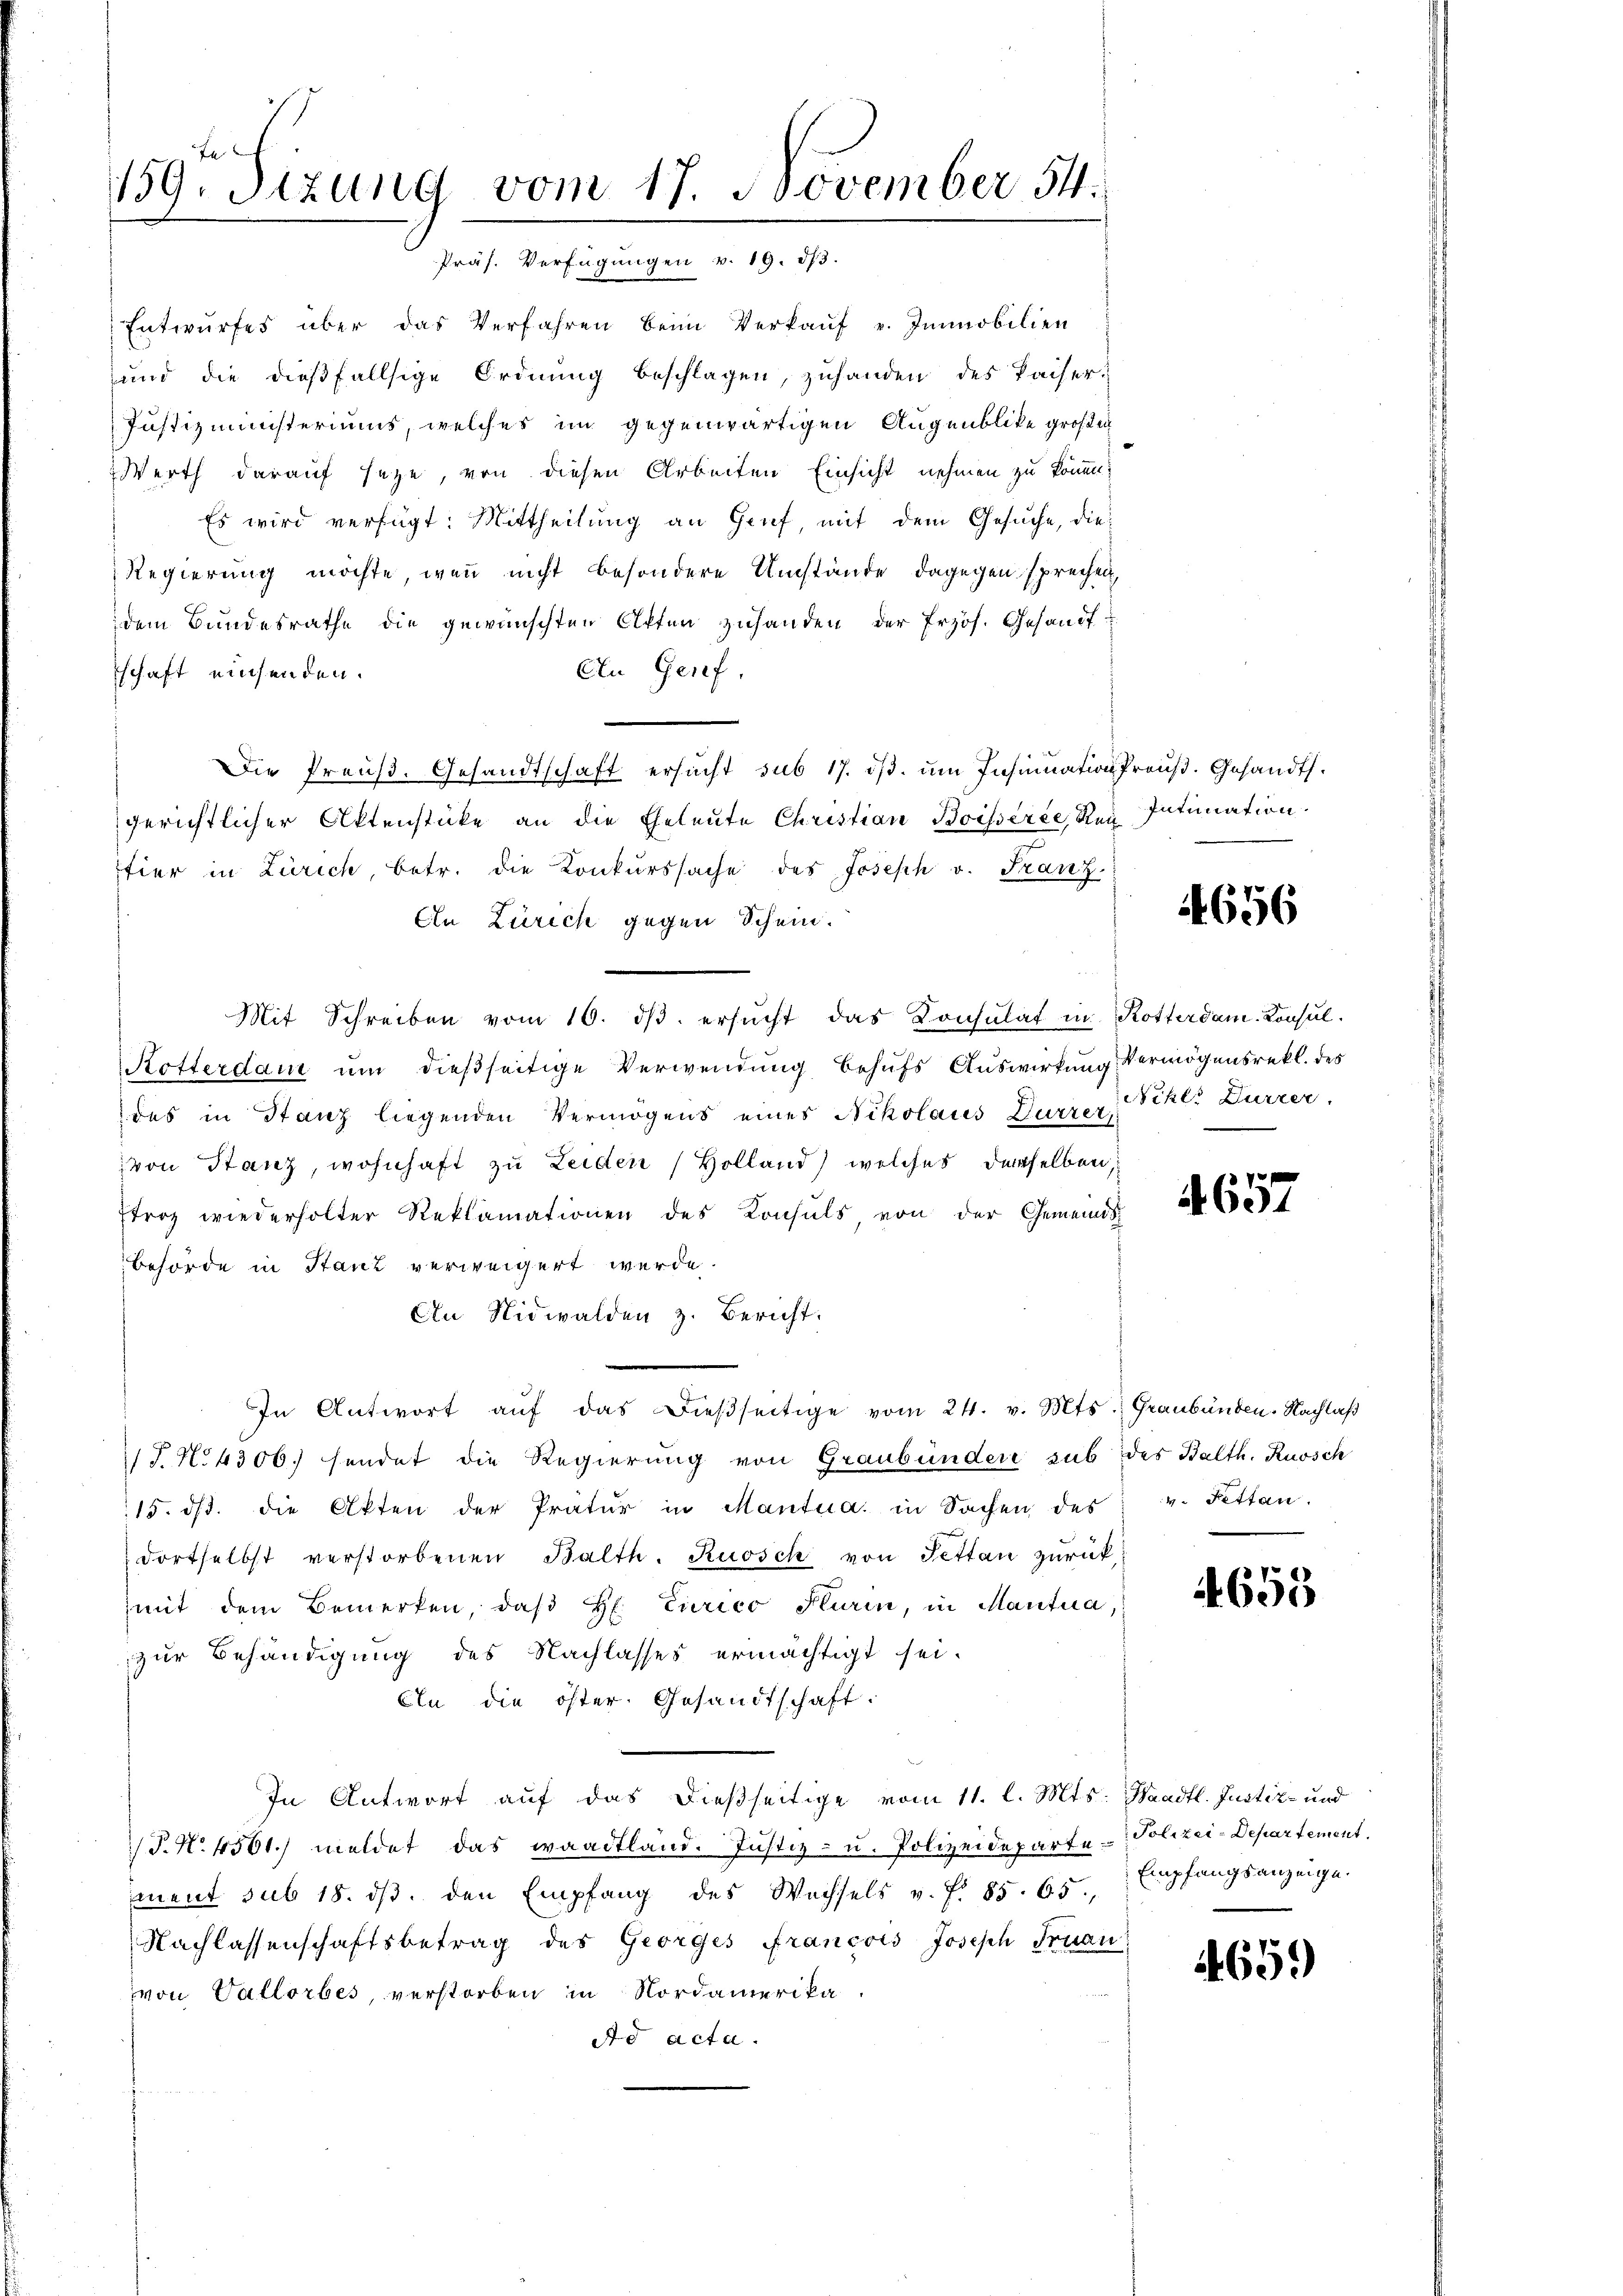
159. Sizung vom 17. November 54.
Präs. Verfügungen v. 19. 53.

Entwurfes über das Verfahren beim Verkauf v. Immobilien
und die dießfallsige Ordnung beschlagen, zuhanden des Kaiser-
Justizministeriums, welches im gegenwärtigen Augenblicke großen
Werth darauf seze, von diesen Arbeiten Einsicht nehmen zu können.
Es wird verfügt: Mittheilung an Genf, mit dem Gesuche, die
Regierung möchte, wenn nicht besondere Umstände, dagegen sprechen
dem Bundesrathe die gewünschten Otten zuhanden der Frzös. Gesandt
schaft einsenden.
An Genf.
Die Preuß. Gesandtschaft ersucht sub 17. dβ. um Insinuation Preuß. Gesandt.
gerichtlicher Aktenstücke an die Eheleute Christian Boisserte Rei Intimation
stier in Zürich, betr. die Konkurssache des Joseph v. Franz.
En Zürich gegen Schein.
Mit Schreiben vom 16. dβ. ersŭcht das Konsulat in Rotterdam. Konsul¬
Rotterdam um dießseitige Verwendung behufs Auswirkung Vermögensrekl. des
des in Stanz liegenden Vermögens eines Nikolaus Dürrer Schl. Dürrer,
von Stanz, wohnhaft zu Leiden Holland) welches derselben,
Etroz wiederholter Reklamationen des Konsuls von der Gemeinds¬
Behörde in Stanz verweigert werde.
An Nidwalden z. Bericht.
In Antwort aŭf das dieβseitige vom 24. v. Mts. Graubünden. Nachlaß
J. No 4300. sendet die Regierung von Graubünden sub des Balth. Ruosch
15. ds. die Akten der Prätŭr in Mantua in Sachen des v. Fettan.
dortselbst verstorbenen Balth. Ruosch von Pettan zurückmit dem Bemerken, daβ H. Curico Huren, in Mantua,
zur Behändigung des Nachlasses ermächtigt sei.
An die öster. Gesandtschaft.
In Antwort auf das dießseitige vom 11. l. Mts. Waadt. Justiz- und
P.N. 4561) meldet das waadtland. Justiz- u. Polizeideparte Polizei-Departement.
ement sub 18. dβ. den Empfang des Wachsels v. f. 85. 65,
Nachlassenschaftsbetrag des Georges Francois Joseph Frau
von Vallorbes, verstorben in Nordamerika.
Ad acta.

4656

4657

655

Empfangsanzeige.

1659